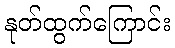
နုတ်ထွက်ကြောင်း